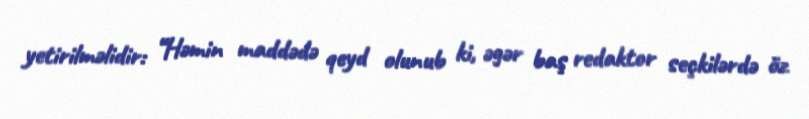
yetirilməlidir: “Həmin maddədə qeyd olunub ki, əgər baş redaktor seçkilərdə öz